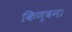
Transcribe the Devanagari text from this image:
किण्वन।